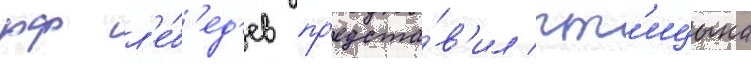
рф л'е́б'ед'ев пр'едста́в'ил пт'ицына